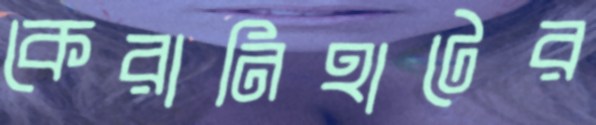
কেরানিহাটের